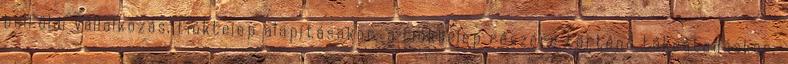
belföldi vállalkozás, fióktelep alapításakor, a fióktelep részére történő tőkeátadáskor,